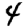
Digit: 4